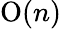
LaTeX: \mathrm{O}(n)